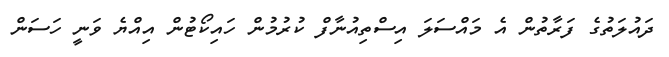
ދައުލަތުގެ ފަރާތުން އެ މައްސަލަ އިސްތިއުނާފް ކުރުމުން ހައިކޯޓުން އިއްޔެ ވަނީ ހަސަން